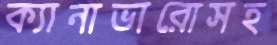
ক্যানাভারোসহ